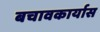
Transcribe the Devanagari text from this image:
बचावकार्यास